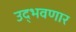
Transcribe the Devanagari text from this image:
उद्‌भवणार